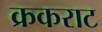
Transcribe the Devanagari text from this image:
क्रकराट